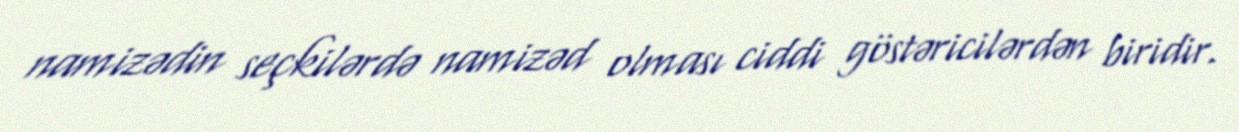
namizədin seçkilərdə namizəd olması ciddi göstəricilərdən biridir.